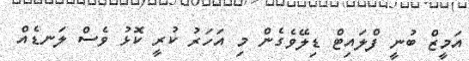
އަމީޒް ބުނީ ފްލައިޓް ޑިލޭވެގެން މި އަހަރު ކުރީ ކޮޅު ވެސް ލަނޑެއް